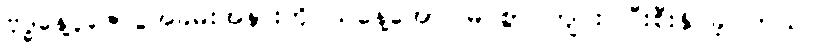
ဗုဒ္ဓနေ့ပူဇော်ပွဲအခမ်းအနားကို ယနေ့အောင်မြင်စွာ ကျင်းပပြီးစီးနိုင်ခဲ့ပါတယ်။